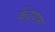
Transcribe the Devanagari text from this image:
केंद्रयोग